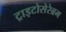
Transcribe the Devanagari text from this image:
ट्राइटोसेरेब्रम